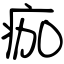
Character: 痂